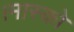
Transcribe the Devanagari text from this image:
।मास्को